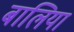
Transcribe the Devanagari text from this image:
बालिया